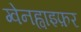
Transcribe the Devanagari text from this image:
ग्वेनह्वाइफ़र